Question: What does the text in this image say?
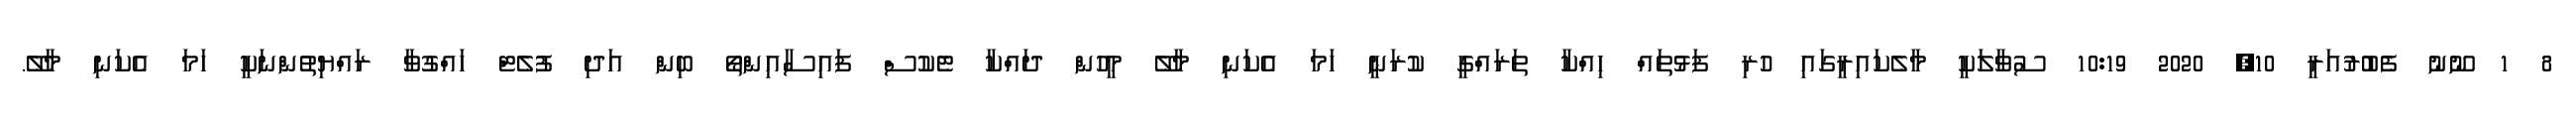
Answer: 8 1 ނޫނު ފެބުރުއަރީ 10, 2020 10:19 ސުވާލަކީ މާލެކައިރީގައި ހުރި ފަޅުތައް ހިއްކާ ތަރައްގީ ކުރަނީ ހަމަ އެކަނި މާލޭ މީހުން ދައްކާ ޓެކުސް ފައިސާއިންތޯ ބިން އަދި ފުލެޓް ހައްގުވާ ރައްޔިތުންނަކީ ހަމަ އެކަނި މާލޭ.